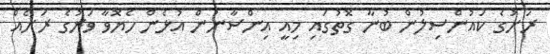
ރަށުގެ ކައުންސިލުން ބުނާ ގޮތުގައި މިއީ އިންސާނުން އުޅެން ހެޔޮވާ ވަރުގެ ރަށެއް